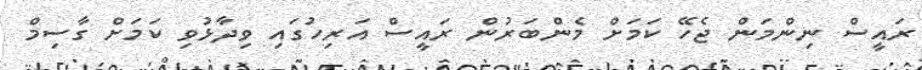
ރައީސް ނިންމަން ޖެހޭ ކަމަށް މެންބަރުން ރައީސް އަރިހުގައި ވިދާޅުވި ކަމަށް ގާސިމް